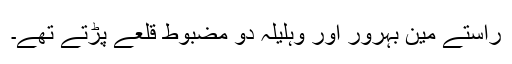
راستے مین بہرور اور وہلیلہ دو مضبوط قلعے پڑتے تھے۔